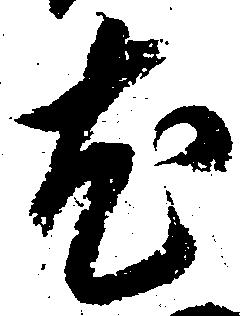
尤